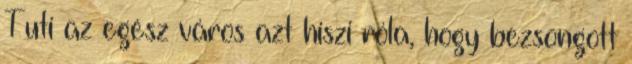
Tuti az egész város azt hiszi róla, hogy bezsongott